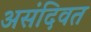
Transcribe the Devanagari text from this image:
असंदिवत